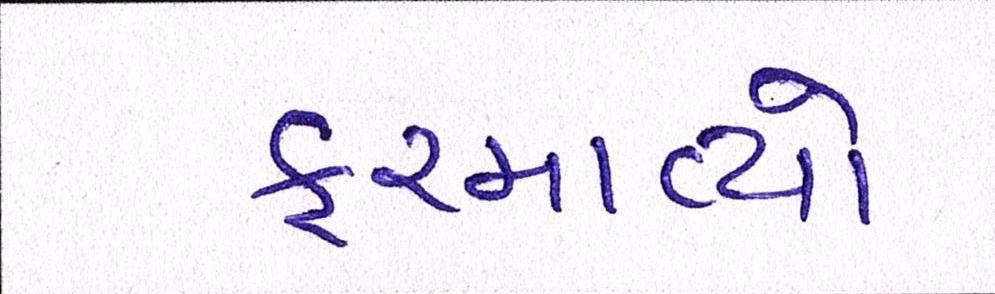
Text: ફરમાવ્યો